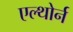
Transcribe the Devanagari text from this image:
एल्थोर्न